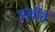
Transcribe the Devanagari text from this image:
आर्वीचे